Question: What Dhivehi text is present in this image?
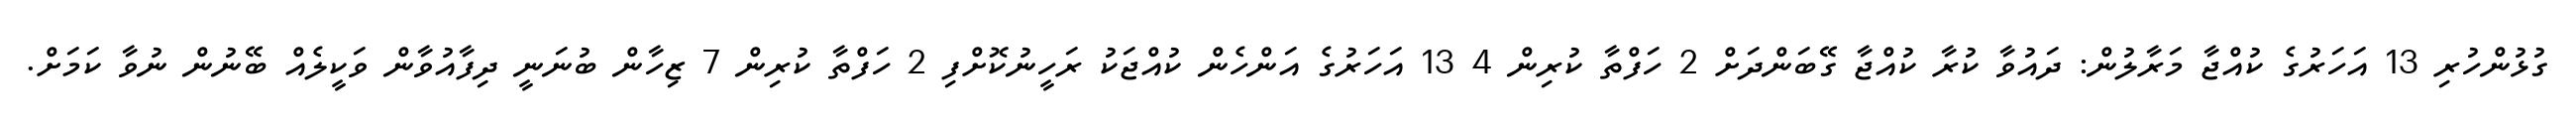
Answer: ގުޅުންހުރި 13 އަހަރުގެ ކުއްޖާ މަރާލުން: ދައުވާ ކުރާ ކުއްޖާ ގޭބަންދަށް 2 ހަފްތާ ކުރިން 4 13 އަހަރުގެ އަންހެން ކުއްޖަކު ރަހީނުކޮށްފި 2 ހަފްތާ ކުރިން 7 ޒިހާން ބުނަނީ ދިފާއުވާން ވަކީލެއް ބޭނުން ނުވާ ކަމަށް.